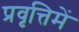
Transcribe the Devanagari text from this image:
प्रवृत्तिमें